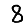
Digit: 8